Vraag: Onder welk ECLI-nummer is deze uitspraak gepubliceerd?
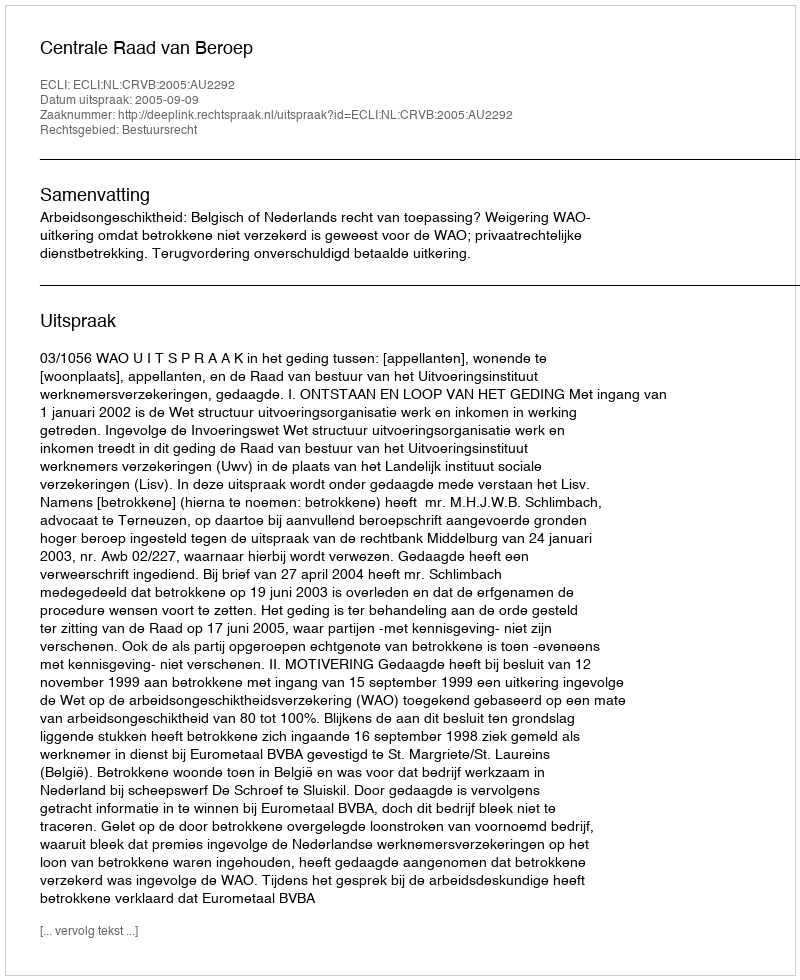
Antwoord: ECLI:NL:CRVB:2005:AU2292